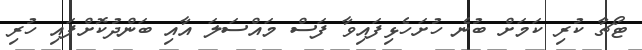
ޓޯޗާ ކުރި ކަމަށް ބުނެ ހުށަހެޅިފައިވާ ފަސް މައްސަލަ އާއި ބަންދުކޮށްފައި ހުރި